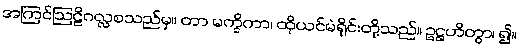
အကြင်ဩဠိဂလ္လစသည်မှ။ တာ မက္ခိကာ၊ ထိုယင်မဲရိုင်းတို့သည်။ ဥဋ္ဌဟိတွာ၊ ၍။